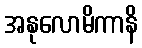
အနုလောမိကာနိ